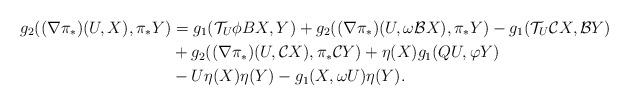
LaTeX: \begin{align*}g_{2}((\nabla \pi _{\ast })(U,X),\pi _{\ast }Y) &=g_{1}(\mathcal{T}_{U}\phi BX,Y)+g_{2}((\nabla\pi_*)(U,\omega\mathcal{B}X),\pi_*Y)-g_{1}(\mathcal{T}_{U}\mathcal{C}X,\mathcal{B}Y)\\&+g_{2}((\nabla\pi_*)(U,\mathcal{C}X),\pi_*\mathcal{C}Y)+\eta(X)g_{1}(QU,\varphi Y)\\&-U\eta(X)\eta(Y)-g_{1}(X,\omega U)\eta(Y).\end{align*}